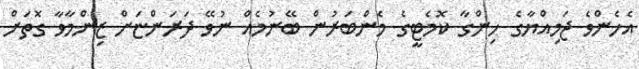
އެހެންވެ ޖަމިއްޔާގެ ހިންގާ ކޮމެޓީގެ މެންބަރުން ބޭނުމެއް ނުވޭ ދަރަންޏަށް ޒިންމާވާ ގޮތަށް